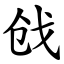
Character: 戗